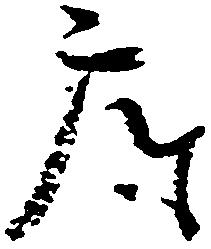
座